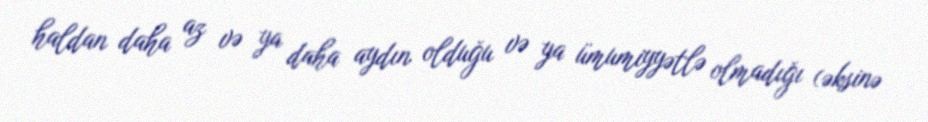
haldan daha az və ya daha aydın olduğu və ya ümumiyyətlə olmadığı (əksinə